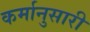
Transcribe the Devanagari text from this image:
कर्मानुसारी